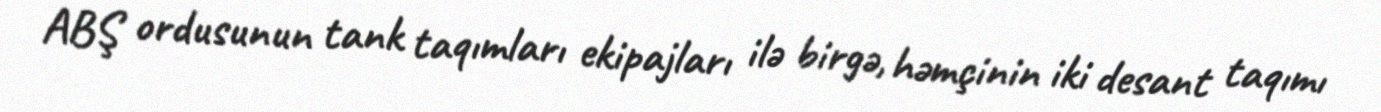
ABŞ ordusunun tank taqımları ekipajları ilə birgə, həmçinin iki desant taqımı